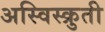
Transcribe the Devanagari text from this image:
अस्विस्क्रुती